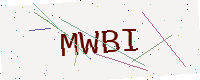
Text: MWBI